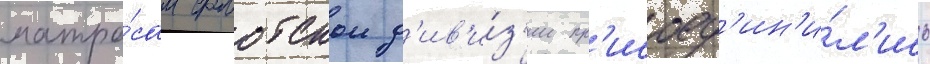
матро́сам флотскои д'ив'и́з'ии пр'исоед'ин'и́л'ись